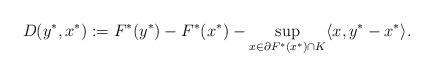
LaTeX: \begin{align*} D(y^*, x^*):= F^*(y^*) - F^*(x^*) - \sup_{x \in \partial F^*(x^*) \cap K} \langle x, y^* - x^* \rangle.\end{align*}